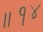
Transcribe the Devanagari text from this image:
॥१४